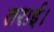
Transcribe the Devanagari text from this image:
तराई।